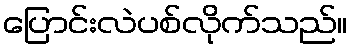
ပြောင်းလဲပစ်လိုက်သည်။